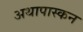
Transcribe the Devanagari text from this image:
अथापास्कन